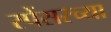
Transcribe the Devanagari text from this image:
स्पेंसरच्या